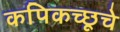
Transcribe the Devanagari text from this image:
कपिकच्छूचे